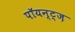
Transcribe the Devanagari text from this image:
पॉयन्ट्ज़